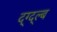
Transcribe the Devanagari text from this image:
द्ग्द्ल्ब